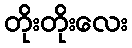
တိုးတိုးလေး